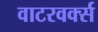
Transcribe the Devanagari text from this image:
वाटरवर्क्स